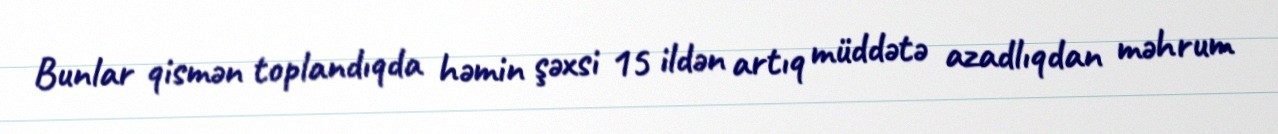
Bunlar qismən toplandıqda həmin şəxsi 15 ildən artıq müddətə azadlıqdan məhrum